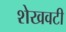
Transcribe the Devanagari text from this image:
शेखवटी